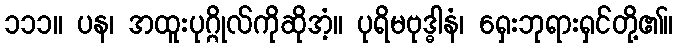
၁၁၁။ ပန၊ အထူးပုဂ္ဂိုလ်ကိုဆိုအံ့။ ပုရိမဗုဒ္ဓါနံ၊ ရှေးဘုရားရှင်တို့၏။